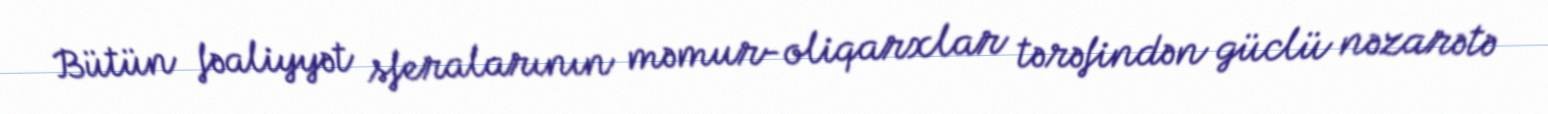
Bütün fəaliyyət sferalarının məmur-oliqarxlar tərəfindən güclü nəzarətə